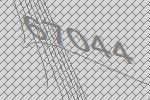
67044